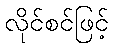
လိုင်စင်ဖြင့်